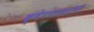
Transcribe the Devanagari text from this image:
क्षेपणास्त्ररोधी